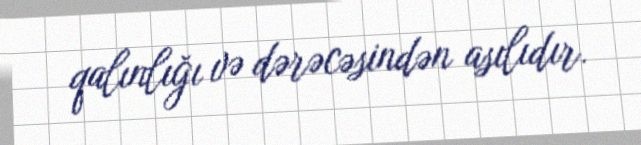
qalınlığı və dərəcəsindən asılıdır.